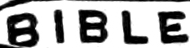
BIBLE